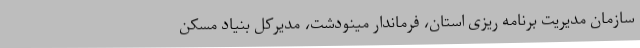
سازمان مدیریت برنامه ریزی استان، فرماندار مینودشت، مدیرکل بنیاد مسکن